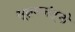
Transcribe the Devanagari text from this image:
सूक्षमजंतूंची